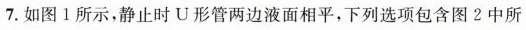
7.如图1所示，静止时U形管两边液面相平，下列选项包含图2中所